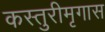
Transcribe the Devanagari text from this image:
कस्तुरीमृगास